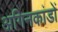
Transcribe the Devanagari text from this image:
अगिनकांडों